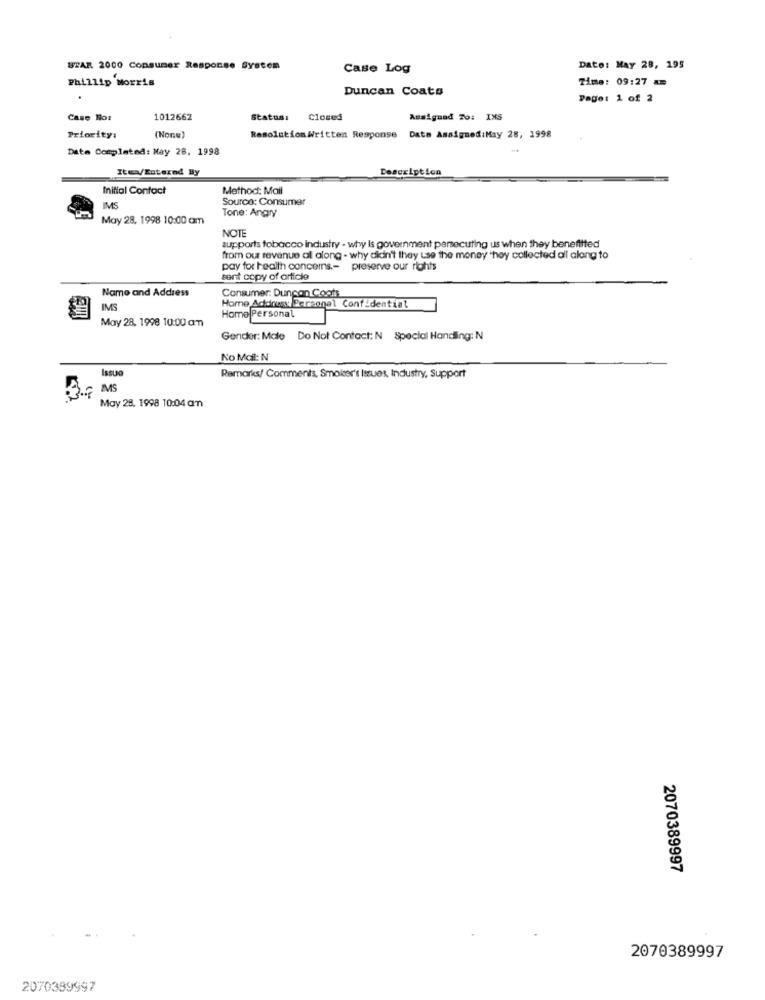
STAR 2000 Consumer Response System
Case Log
Date: MAY 28, 195
Phillip Morris
Time: 09:27 am
Duncan Coats
Page: 1 of 2
Case Not
1012662
Statusı
Closed
Assiguad 7%: IXS
Priority:
(None)
ResolutionWritten Response
Dato Assigned:May 28, 1998
Data Completed: May 28, 1998
Iten/Entered By
Description
Initial Contact
Method: Mail
Source: Consumer
IMS
Tone: Angry
May 28. 1998 10:00 am
NOTE
supports tobacco industry - why Is government persecuting us when they benefitted
from our revenue al along - why didn't they use the money "hoy collected all along to
pay for health concerns .- preserve our rights
sent copy of article
Name and Address
Consumer: Duncan Coots
IMS
Horne Addrusy Personel Confidential
May 28, 1998 10:00 am
Home Personal
Gender: Male Do Not Contact: N Special Handling: N
No Mail: N
Issue
Remarks/ Comments, Smoker's Issues, Industry, Support
3.
May 28. 1998 10:04am
2070389997
2070389997
2070389997